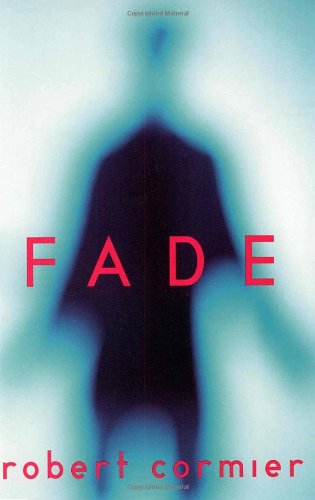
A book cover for Fade; Robert Cormier; Teen & Young Adult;